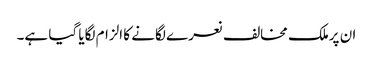
ان پرملک مخالف نعرے لگانے کا الزام لگایا گیا ہے۔